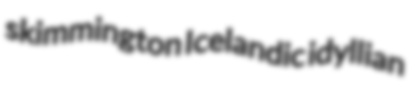
skimmington Icelandic idyllian